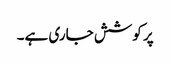
پر کوشش جاری ہے۔